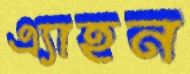
এ্যাহন